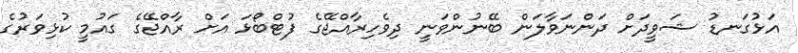
އަޅުގަނޑު ޝަވީދަށް ދަންނަވާލަން ބޭނުންވަނީ ދިވެހިރާއްޖޭގެ ފުޓްބޯޅަ އަށް ރާއްޖޭގެ ގައުމީ ކުޅިވަރުގެ